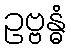
ဥဗ္ဗန္ဓံ